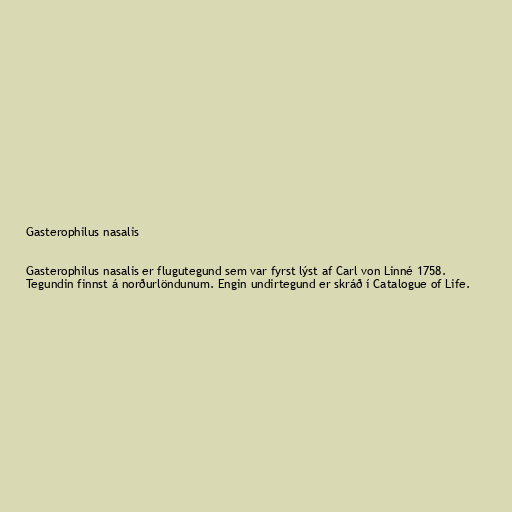
Gasterophilus nasalis

Gasterophilus nasalis er flugutegund sem var fyrst lýst af Carl von Linné 1758.
Tegundin finnst á norðurlöndunum. Engin undirtegund er skráð í Catalogue of Life.